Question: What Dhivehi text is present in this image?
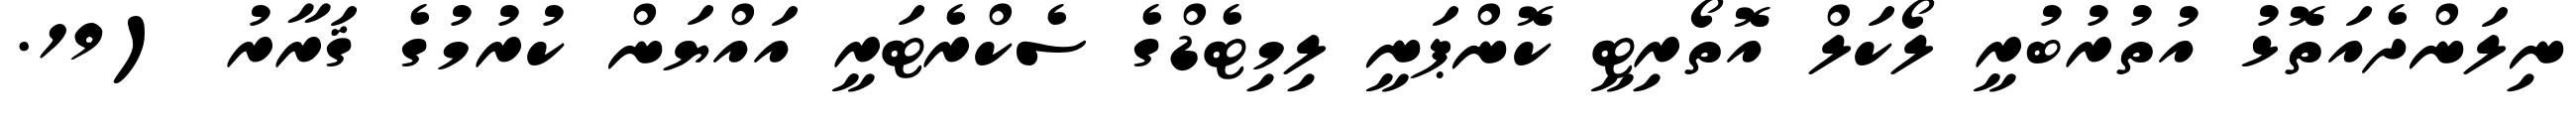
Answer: ނިލަންދެއަތޮޅު އުތުރުބުރީ ލޯކަލް އޮތޯރިޓީ ކޮންޕަނީ ލިމިޓެޑްގެ ސެކްރެޓަރީ އައްޔަން ކުރުމުގެ ޤަރާރު (19.